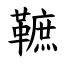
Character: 䩾